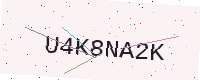
Text: U4K8NA2K